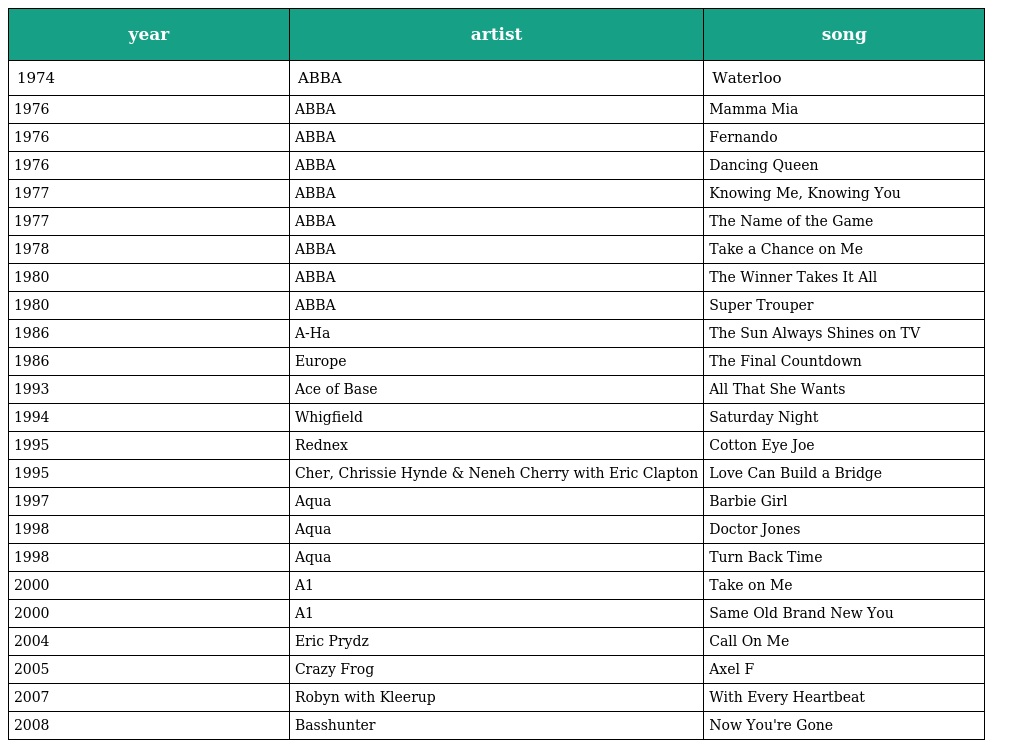
| year | artist | song |
 | --- | --- | --- |
 | 1974 | ABBA | Waterloo |
 | 1976 | ABBA | Mamma Mia |
 | 1976 | ABBA | Fernando |
 | 1976 | ABBA | Dancing Queen |
 | 1977 | ABBA | Knowing Me, Knowing You |
 | 1977 | ABBA | The Name of the Game |
 | 1978 | ABBA | Take a Chance on Me |
 | 1980 | ABBA | The Winner Takes It All |
 | 1980 | ABBA | Super Trouper |
 | 1986 | A-Ha | The Sun Always Shines on TV |
 | 1986 | Europe | The Final Countdown |
 | 1993 | Ace of Base | All That She Wants |
 | 1994 | Whigfield | Saturday Night |
 | 1995 | Rednex | Cotton Eye Joe |
 | 1995 | Cher, Chrissie Hynde & Neneh Cherry with Eric Clapton | Love Can Build a Bridge |
 | 1997 | Aqua | Barbie Girl |
 | 1998 | Aqua | Doctor Jones |
 | 1998 | Aqua | Turn Back Time |
 | 2000 | A1 | Take on Me |
 | 2000 | A1 | Same Old Brand New You |
 | 2004 | Eric Prydz | Call On Me |
 | 2005 | Crazy Frog | Axel F |
 | 2007 | Robyn with Kleerup | With Every Heartbeat |
 | 2008 | Basshunter | Now You're Gone |